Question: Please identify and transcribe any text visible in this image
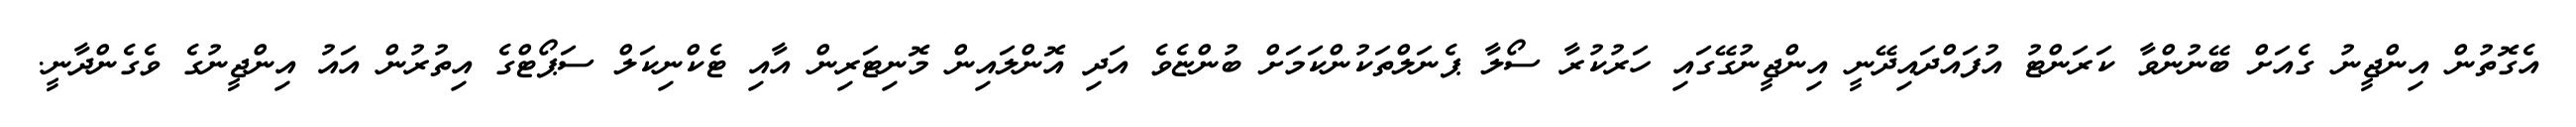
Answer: އެގޮތުން އިންޖީނު ގެއަށް ބޭނުންވާ ކަރަންޓު އުފައްދައިދޭނީ އިންޖީނުގޭގައި ހަރުކުރާ ސޯލާ ޕެނަލްތަކުންކަމަށް ބުންޏެވެ އަދި އޮންލައިން މޮނިޓަރިން އާއި ޓެކްނިކަލް ސަޕޯޓްގެ އިތުރުން އައު އިންޖީނުގެ ވެގެންދާނީ.